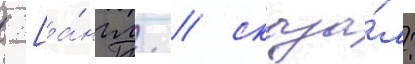
 [а́нгл. / сказа́л: